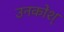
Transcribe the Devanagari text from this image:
उनकोश्